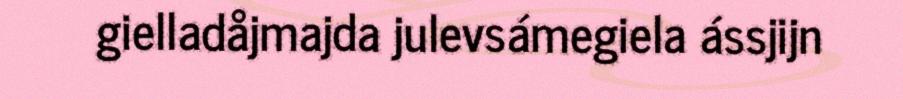
gielladåjmajda julevsámegiela ássjijn